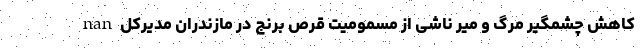
nan کاهش چشمگیر مرگ و میر ناشی از مسمومیت قرص برنج در مازندران مدیرکل